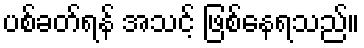
ပစ်ခတ်ရန် အသင့် ဖြစ်နေရသည်။